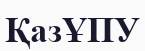
ҚазҰПУ